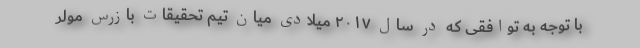
با توجه به توافقی که در سال ۲۰۱۷ میلادی میان تیم تحقیقات بازرس مولر